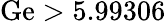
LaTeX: \mathrm{Ge}>5.99306